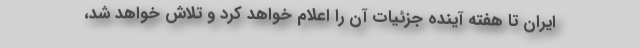
ایران تا هفته آینده جزئیات آن را اعلام خواهد کرد و تلاش خواهد شد،